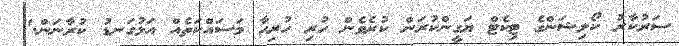
ސަރުކާރު ކޯލިޝަންގެ ޓިކެޓް ޔަގީންކުރަން ކުރެވެން ހުރި ހުރިހާ މަސައްކަތެއް އަޅުގަނޑު ކުރާނަން."